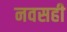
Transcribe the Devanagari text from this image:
नवसही